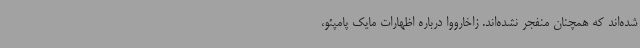
شده‌اند که همچنان منفجر نشده‌اند. زاخارووا درباره اظهارات مایک پامپئو،